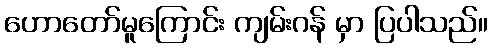
ဟောတော်မူကြောင်း ကျမ်းဂန် မှာ ပြပါသည်။